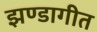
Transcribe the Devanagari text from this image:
झण्डागीत